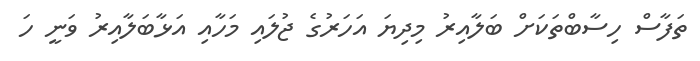
ތަފާސް ހިސާބްތަކަށް ބަލާއިރު މިދިޔަ އަހަރުގެ ޖުލައި މަހާއި އަޅާބަލާއިރު ވަނީ ހަ